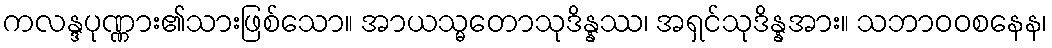
ကလန္ဒပုဏ္ဏား၏သားဖြစ်သော။ အာယသ္မတောသုဒိန္နဿ၊ အရှင်သုဒိန္နအား။ သဘာဝဝစနေန၊